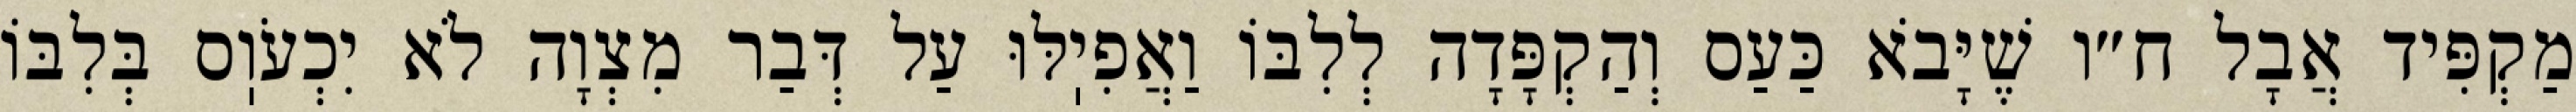
מַקְפִּיד אֲבָל ח״ו שֶׁיָּבֹא כַּעַס וְהַקְפָּדָה לְלִבּוֹ וַאֲפִיֽלּוּ עַל דְּבַר מִצְוָה לֹא יִכְעֹוֽס בְּלִבּוֹ